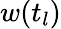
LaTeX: w(t_{l})